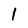
Character: I